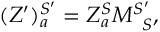
( Z ^ { \prime } ) _ { a } ^ { S ^ { \prime } } = Z _ { a } ^ { S } M _ { \; \; S } ^ { S ^ { \prime } } ,